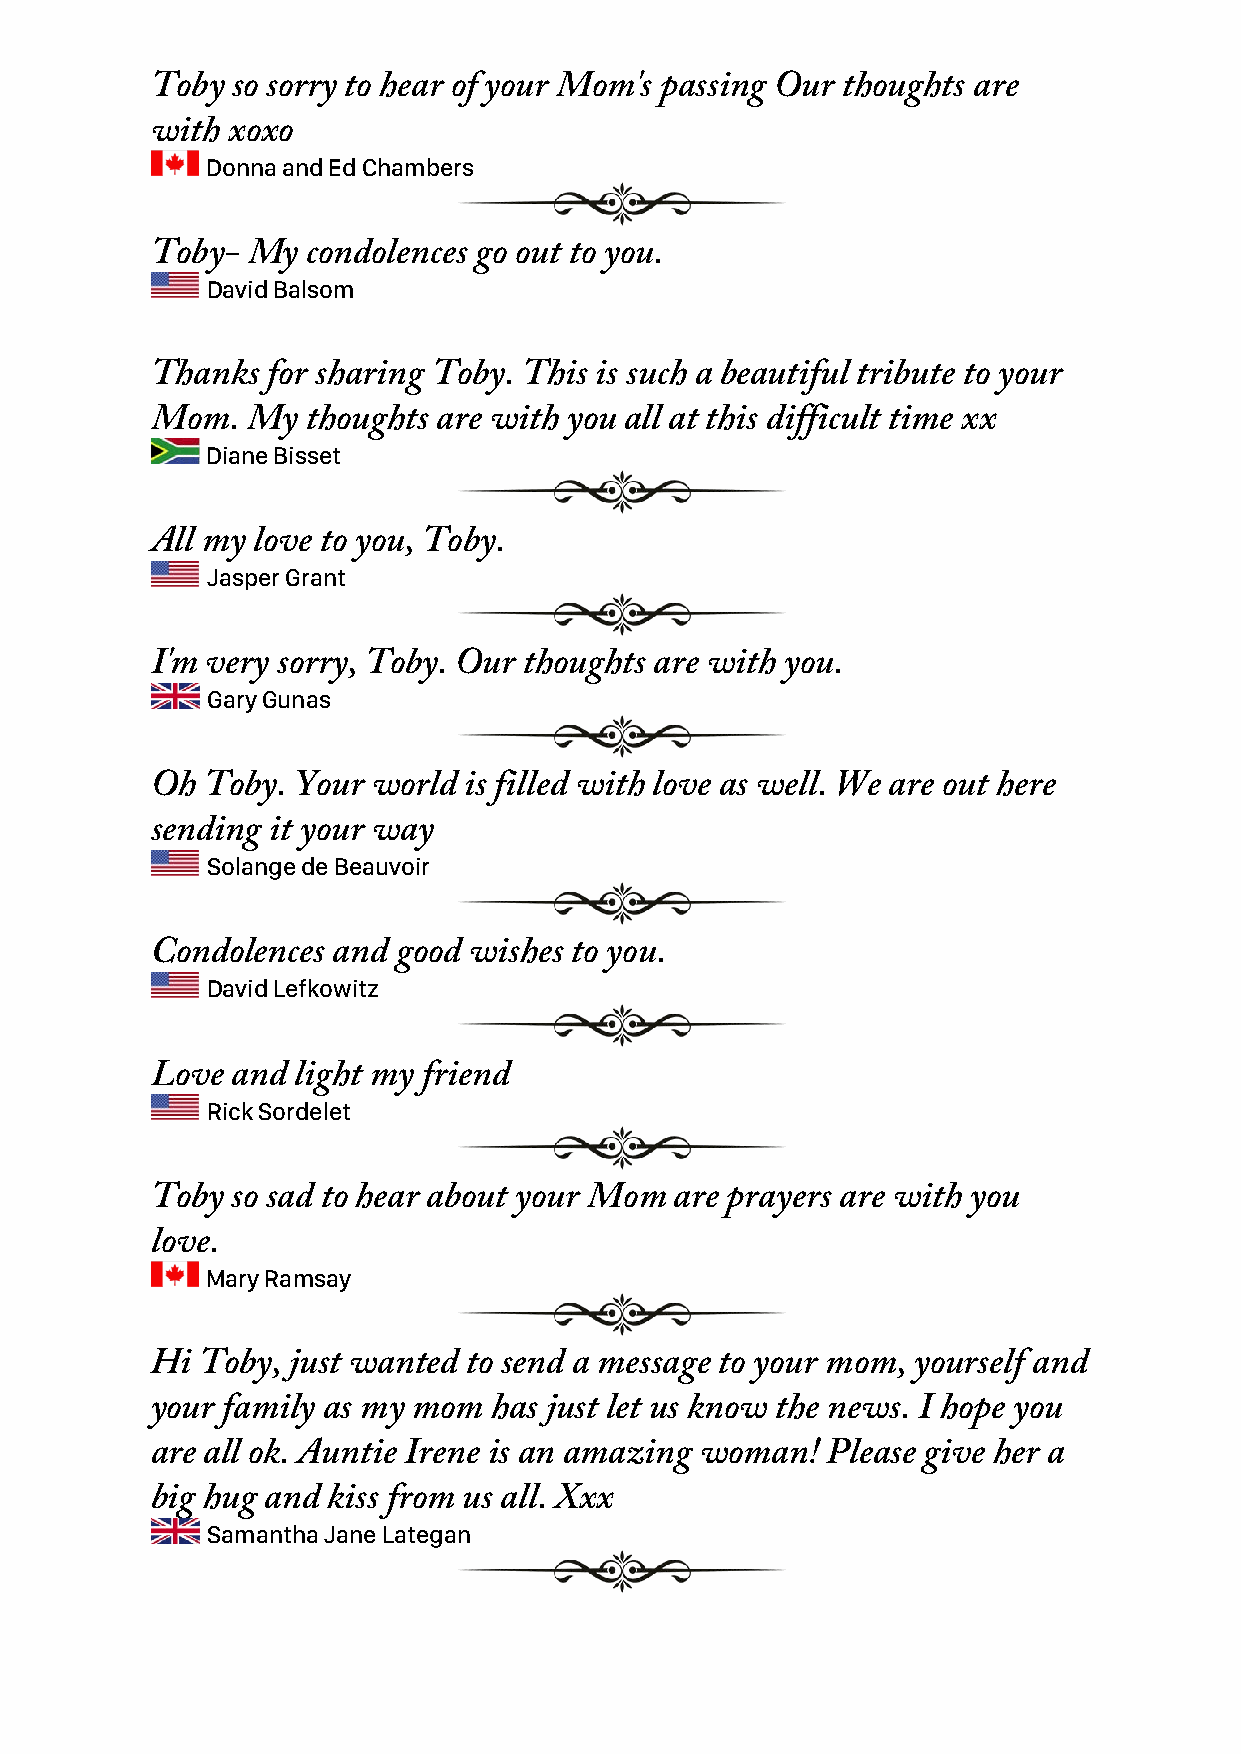
Toby so sorry to hear of your Mom's passing Our thoughts are
 with xoxo
 Donna and Ed Chambers
 Toby- My  condolences go out to you.
 David Balsom
 Thanks  for sharing Toby. This is such a beautiful tribute to your
 Mom.  My  thoughts are with you all at this difficult time xx
 Diane Bisset
 All my love to you, Toby.
 Jasper Grant
 I'm very sorry, Toby. Our thoughts are with you.
 Gary Gunas
 Oh  Toby. Your world is filled with love as well. We are out here
 sending it your way
 Solange de Beauvoir
 Condolences and good wishes to you.
 David Lefkowitz
 Love and  light my friend
 Rick Sordelet
 Toby so sad to hear about your Mom are prayers are with you
 love.
 Mary Ramsay
 Hi Toby, just wanted to send a message to your mom, yourself and
 your family as my mom  has just let us know the news. I hope you
 are all ok. Auntie Irene is an amazing woman! Please give her a
 big hug and kiss from us all. Xxx
 Samantha Jane Lategan